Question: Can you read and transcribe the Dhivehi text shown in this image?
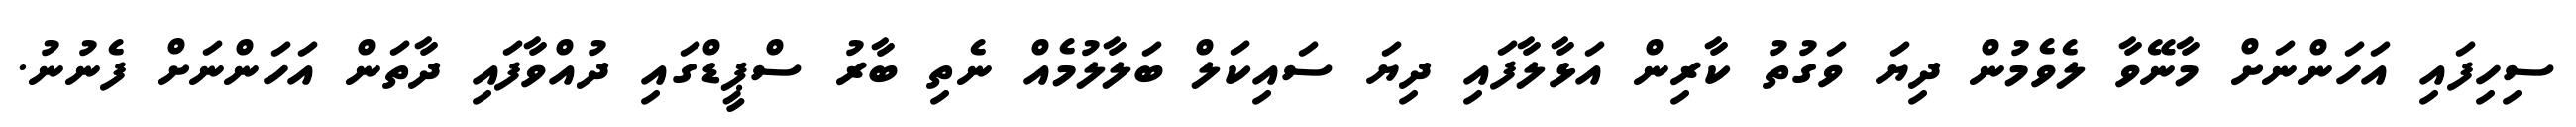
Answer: ސިހިފައި އަހަންނަށް މާނޭވާ ލެވެމުން ދިޔަ ވަގުތު ކާރިން އަޅާލާފައި ދިޔަ ސައިކަލް ބަލާލުމެއް ނެތި ބާރު ސްޕީޑްގައި ދުއްވާފައި ދާތަން އަހަންނަށް ފެނުނު.